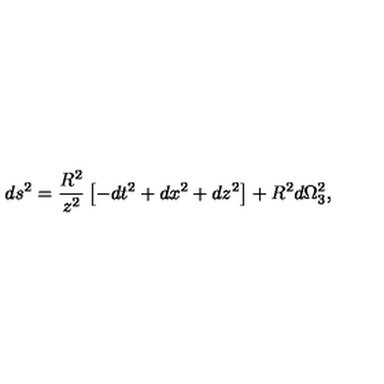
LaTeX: d s ^ { 2 } = \frac { R ^ { 2 } } { z ^ { 2 } } \left[ - d t ^ { 2 } + d x ^ { 2 } + d z ^ { 2 } \right] + R ^ { 2 } d \Omega _ { 3 } ^ { 2 } ,